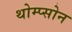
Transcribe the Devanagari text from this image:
थोम्प्सोन